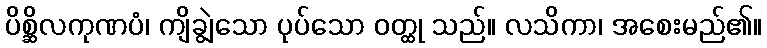
ပိစ္ဆိလကုဏပံ၊ ကျိချွဲသော ပုပ်သော ဝတ္ထု သည်။ လသိကာ၊ အစေးမည်၏။